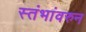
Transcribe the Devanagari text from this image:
स्तंभांवरुन